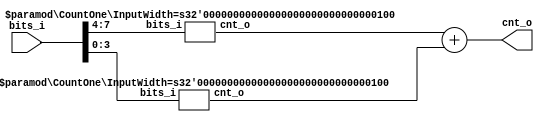
module CountOne (
	bits_i,
	cnt_o
);
	parameter [31:0] InputWidth = 8;
	localparam CountWidth = $clog2(InputWidth + 1);
	input wire [InputWidth - 1:0] bits_i;
	output wire [CountWidth - 1:0] cnt_o;
	localparam PaddedWidth = 1 << $clog2(InputWidth);
	localparam ChildCountWidth = (PaddedWidth == 1 ? 1 : $clog2(PaddedWidth));
	wire [ChildCountWidth - 1:0] leftChildCount;
	wire [ChildCountWidth - 1:0] rightChildCount;
	generate
		if (InputWidth == 1) begin : gen_single_node
			assign leftChildCount = 1'b0;
			assign rightChildCount = bits_i;
		end
		else if (InputWidth == 2) begin : gen_leaf_node
			assign leftChildCount = bits_i[0];
			assign rightChildCount = bits_i[1];
		end
		else begin : gen_non_leaf_node
			wire [PaddedWidth - 1:0] paddedBits;
			assign paddedBits = {{PaddedWidth - InputWidth {1'b0}}, bits_i};
			CountOne #(.InputWidth(PaddedWidth / 2)) u_leftChild(
				.bits_i(paddedBits[PaddedWidth - 1:PaddedWidth / 2]),
				.cnt_o(leftChildCount)
			);
			CountOne #(.InputWidth(PaddedWidth / 2)) u_rightChild(
				.bits_i(paddedBits[(PaddedWidth / 2) - 1:0]),
				.cnt_o(rightChildCount)
			);
		end
	endgenerate
	assign cnt_o = leftChildCount + rightChildCount;
endmodule